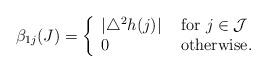
LaTeX: \begin{align*} \beta_{1j}(J) = \left\{ \begin{array}{ll} |\triangle^2h(j) | &\mbox{ for }j\in \mathcal J\\ 0 &\mbox{ otherwise. } \end{array} \right. \end{align*}